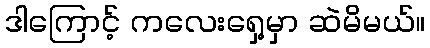
ဒါကြောင့် ကလေးရှေ့မှာ ဆဲမိမယ်။